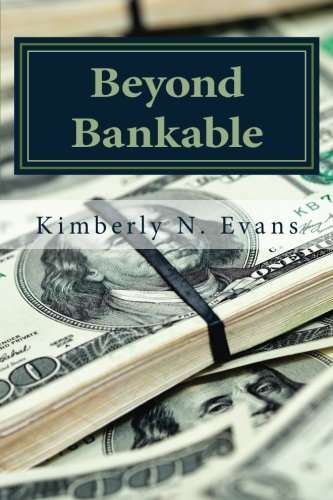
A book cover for Beyond Bankable: Business Funding for the Modern Entrepreneur: Crowd Funding, Traditional Banking, Bootstrapping, Incubators, Accelerators and Private Equity; Kimberly N. Evans; Business & Money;